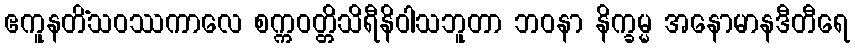
ဧကူနတိံသဝဿကာလေ စက္ကဝတ္တိသိရီနိဝါသဘူတာ ဘဝနာ နိက္ခမ္မ အနောမာနဒီတီရေ